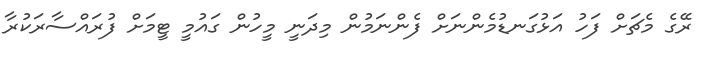
ރޭގެ މެޗަށް ފަހު އަޅުގަނޑުމެންނަށް ފެންނަމުން މިދަނީ މީހުން ގައުމީ ޓީމަށް ފުރައްސާރަކުރާ